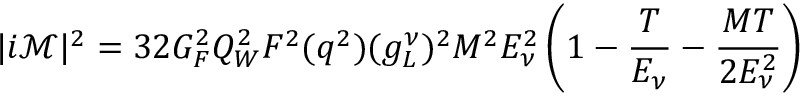
| i \mathcal { M } | ^ { 2 } = 3 2 G _ { F } ^ { 2 } Q _ { W } ^ { 2 } F ^ { 2 } ( q ^ { 2 } ) ( g _ { L } ^ { \nu } ) ^ { 2 } M ^ { 2 } E _ { \nu } ^ { 2 } \left( 1 - \frac { T } { E _ { \nu } } - \frac { M T } { 2 E _ { \nu } ^ { 2 } } \right)